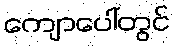
ကျောပေါ်တွင်